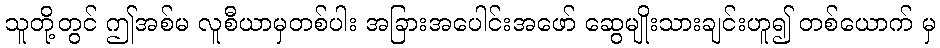
သူတို့တွင် ဤအစ်မ လူစီယာမှတစ်ပါး အခြားအပေါင်းအဖော် ဆွေမျိုးသားချင်းဟူ၍ တစ်ယောက် မှ